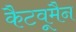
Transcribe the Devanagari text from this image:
कैटवूमैन